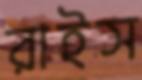
রাইস